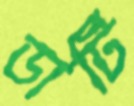
ডার্টি